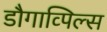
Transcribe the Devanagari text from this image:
डौगाव्पिल्स